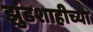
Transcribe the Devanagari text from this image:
झुंडशाहीच्या